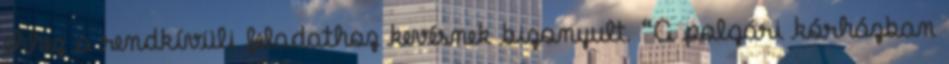
ehhez a rendkívüli feladathoz kevésnek bizonyult. “A polgári kórházban